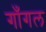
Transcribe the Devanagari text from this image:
गाँगल